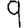
Digit: 9